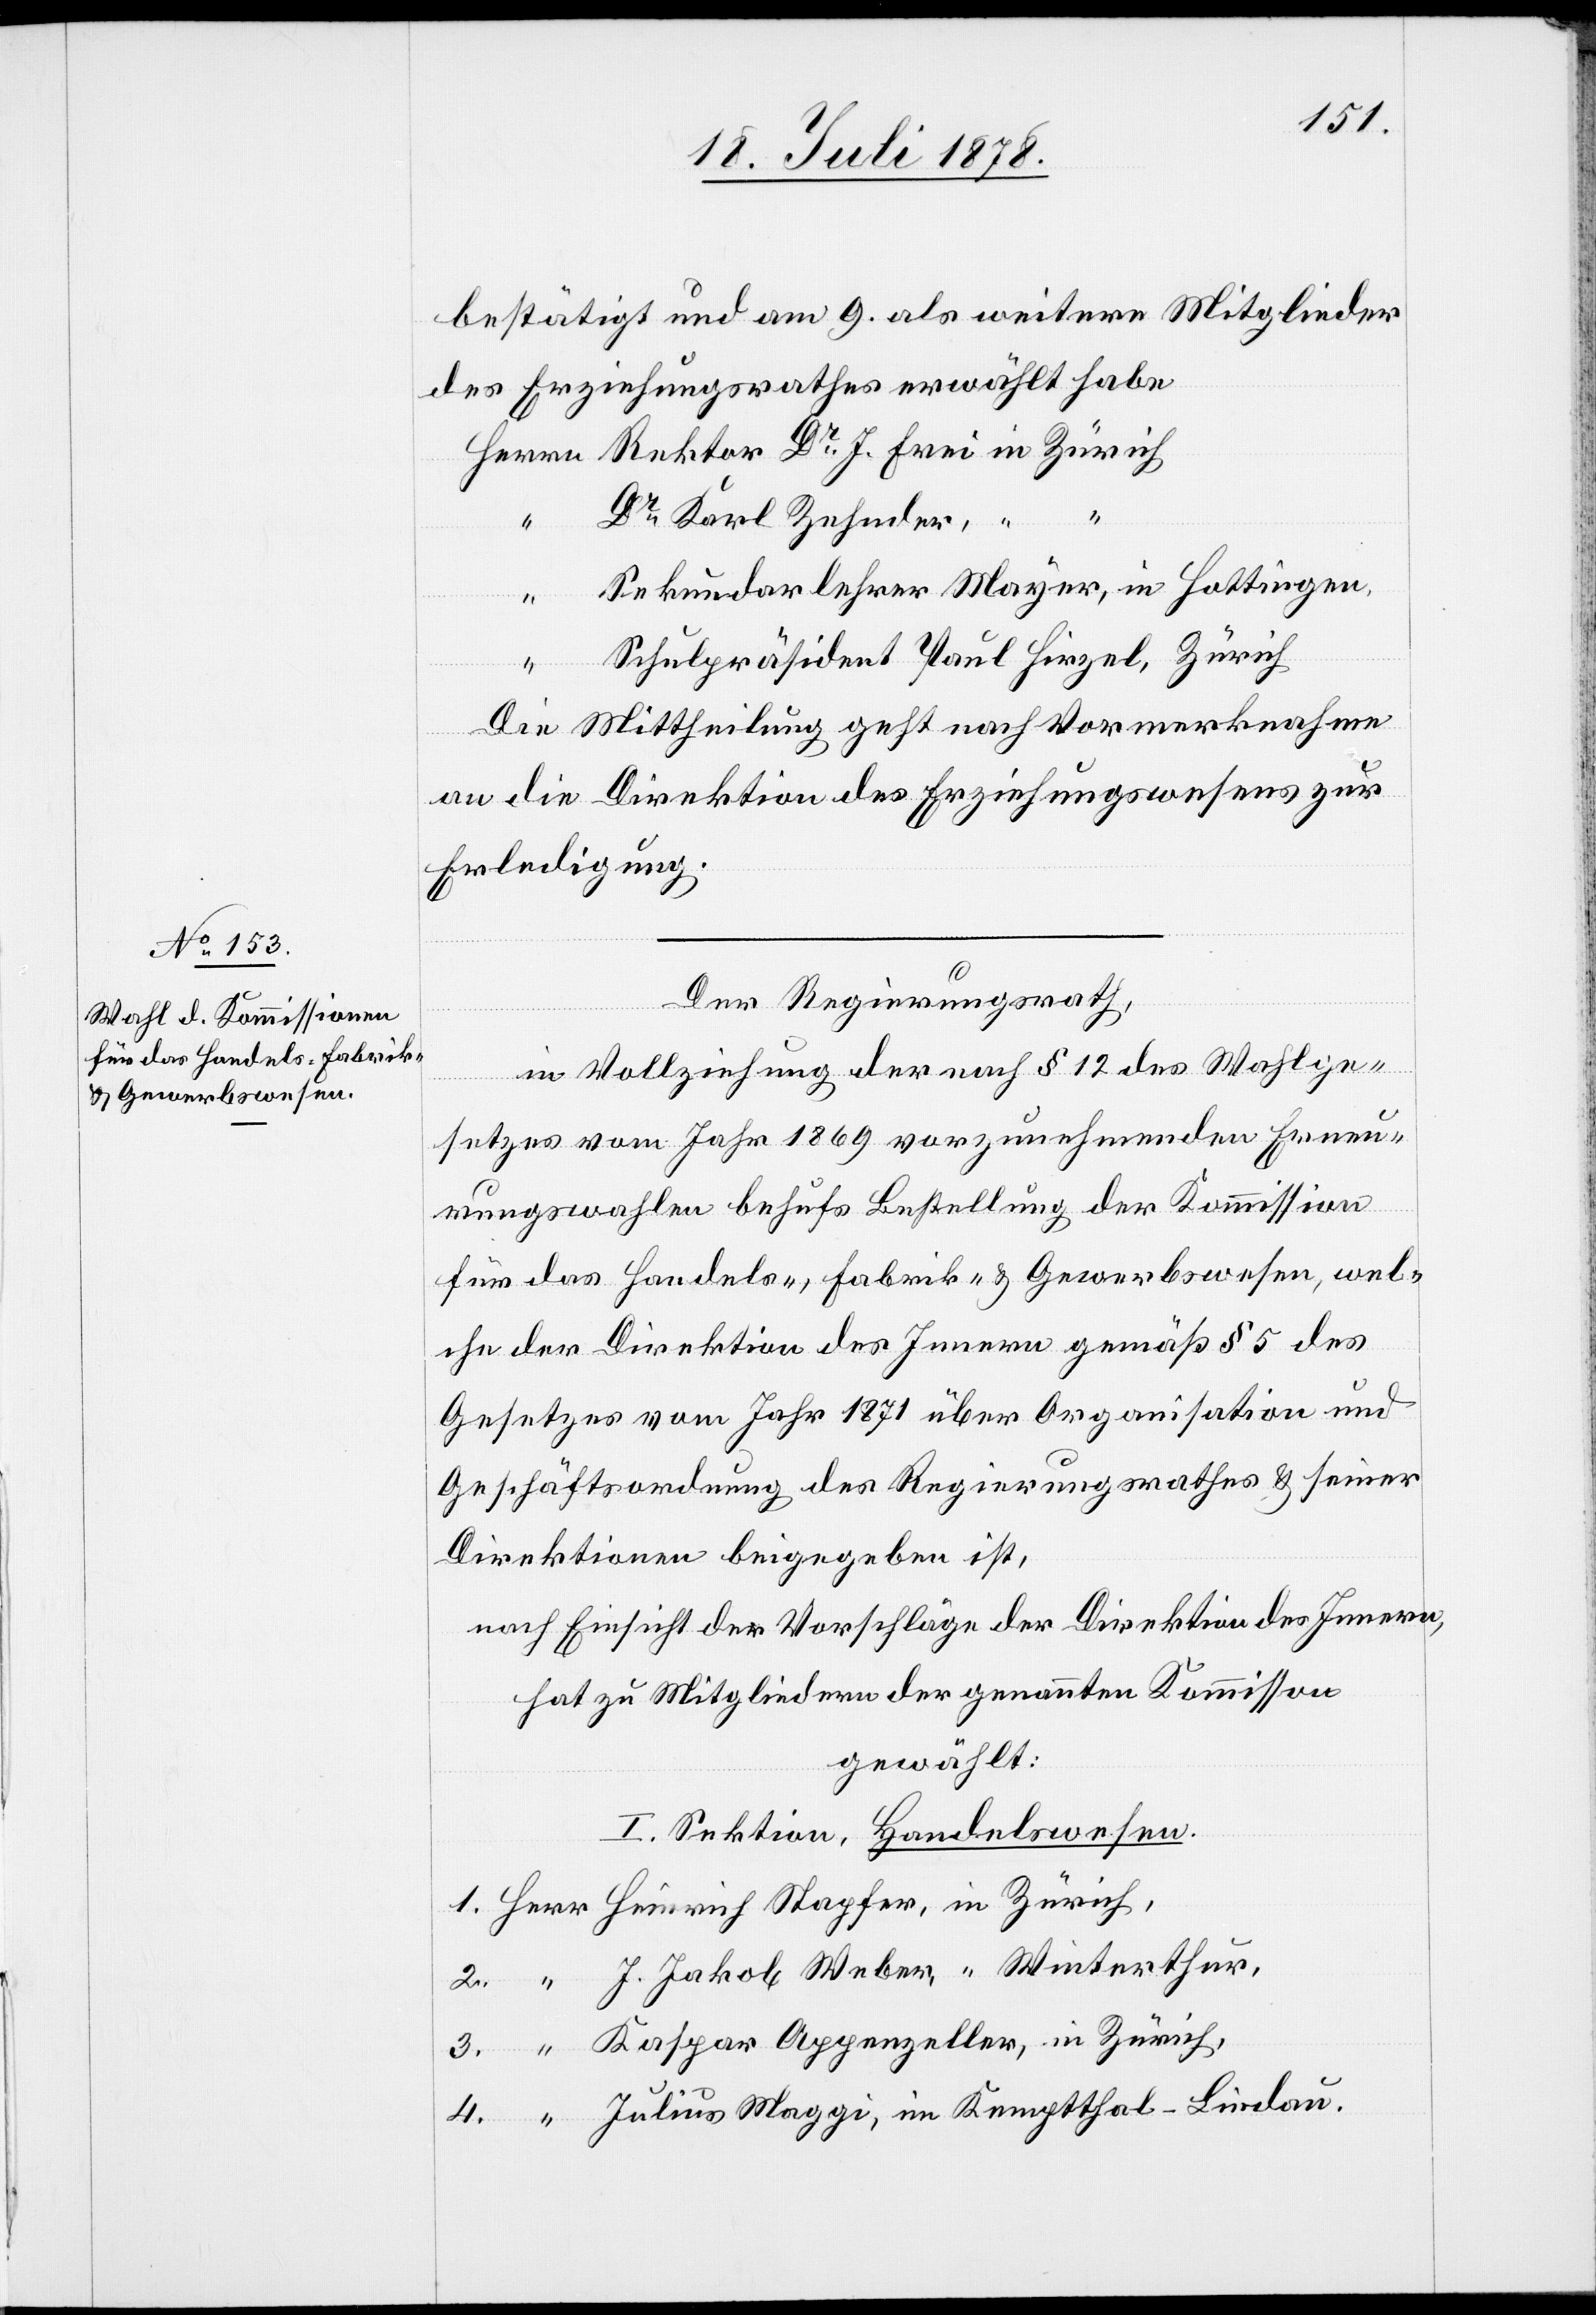
bestätigt und am 9. als weitere Mitglieder
des Erziehungsrathes erwählt habe
Herrn Rektor Dr J. Frei in Zürich
“
Dr Karl Zehnder,
“
“ Sekundarlehrer Majer, in Hottingen,
“
Schulpräsident Paul Hirzel, Zürich
Die Mittheilung geht nach Vormerknahme
an die Direktion des Erziehungswesens zur
Erledigung.
Der Regierungsrath,
in Vollziehung der nach § 12 des Wahlge¬
setzes vom Jahr 1869 vorzunehmenden Erneu¬
erungswahlen behufs Bestellung der Kommission
für das Handels-, Fabrik- & Gewerbewesen, wel¬
che der Direktion des Innern gemäß § 5 des
Gesetzes vom Jahr 1871 über Organisation und
Geschäftsordnung des Regierungsrathes & seiner
Direktionen beigegeben ist,
nach Einsicht der Vorschläge der Direktion des Innern,
hat zu Mitgliedern der genannten Kommiss[i]on
gewählt:
I. Sektion, Handelswesen.
1. Herr Heinrich Stapfer, in Zürich,
2. “ J. Jakob Weber, “ Winterthur,
3. “ Kaspar Appenzeller, in Zürich,
4. “ Julius Maggi, in Kemptthal - Lindau.